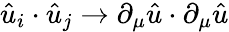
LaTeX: {\hat{u}}_{i}\cdot{\hat{u}}_{j}\to\partial_{\mu}{\hat{u}}\cdot\partial_{\mu}{\hat{u}}